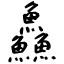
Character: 鱻